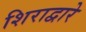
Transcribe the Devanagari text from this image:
शिराद्वारे